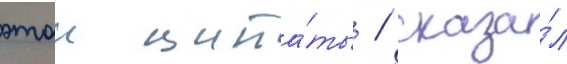
этои цита́ты / сказа́л